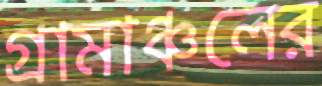
গ্রামাঞ্চলের